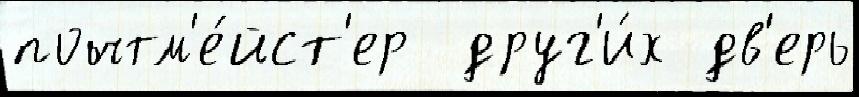
почтм'е́йст'ер  друг'и́х дв'ерь